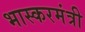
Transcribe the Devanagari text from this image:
भास्करमंत्री